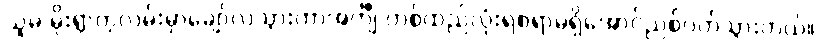
သူမ မိုးရွာတဲ့လမ်းမှာချော်လဲသွားတာအင်္ကျီ တစ်ထည်လုံးရစရာမရှိအောင်ညစ်ပတ်သွားတယ်။